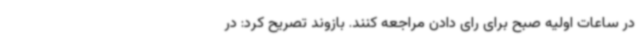
در ساعات اولیه صبح برای رای دادن مراجعه کنند. بازوند تصریح کرد: در